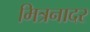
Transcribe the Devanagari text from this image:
मित्रनादर